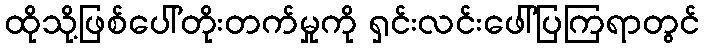
ထိုသို့ဖြစ်ပေါ်တိုးတက်မှုကို ရှင်းလင်းဖေါ်ပြကြရာတွင်